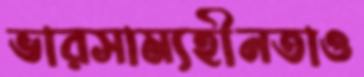
ভারসাম্যহীনতাও